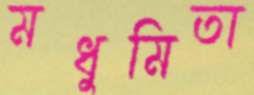
মধুমিতা